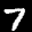
Label: 7